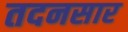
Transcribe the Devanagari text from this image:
तदनसार